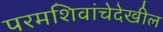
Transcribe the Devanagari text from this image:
परमशिवांचेदेखील